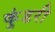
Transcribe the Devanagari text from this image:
कुंडरी